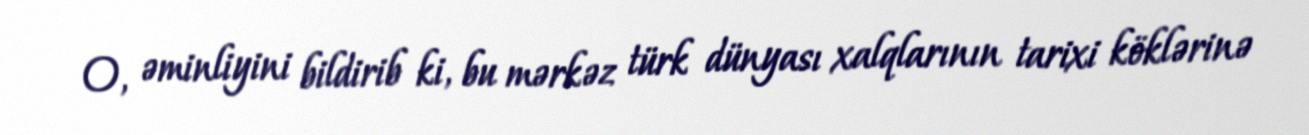
O, əminliyini bildirib ki, bu mərkəz türk dünyası xalqlarının tarixi köklərinə